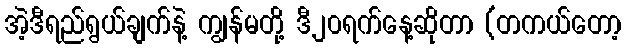
အဲ့ဒီရည်ရွယ်ချက်နဲ့ ကျွန်မတို့ ဒီ၂၀ရက်နေ့ဆိုတာ (တကယ်တော့